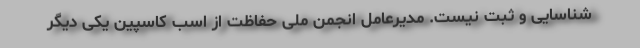
شناسایی و ثبت نیست. مدیرعامل انجمن ملی حفاظت از اسب کاسپین یکی دیگر